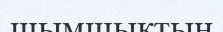
шымшықтың